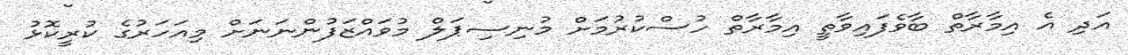
އަދި އެ އިމާރާތް ބާވެފައިވާތީ އިމާރާތް ހުސްކުރުމަށް މުނިސިޕަލް މުވައްޒަފުންނަނަށް މިއަހަރުގެ ކުރީކޮޅު